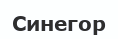
Синегор